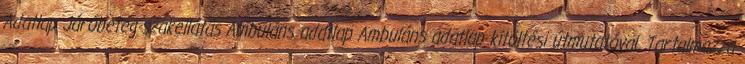
Adatlap Járóbeteg-szakellátás Ambuláns adatlap Ambuláns adatlap kitöltési útmutatóval. Tartalmazza